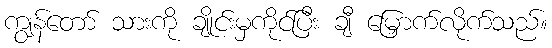
ကျွန်တော် သားကို ချိုင်းမှကိုင်ပြီး ချီ မြှောက်လိုက်သည်။